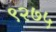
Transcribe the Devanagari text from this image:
९२७५